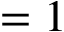
= 1